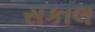
સકાલ